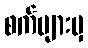
စက်များမှ